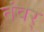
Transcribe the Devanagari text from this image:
तंवर्